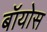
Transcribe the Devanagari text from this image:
बॉयोस